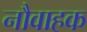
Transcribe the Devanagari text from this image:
नौवाहक